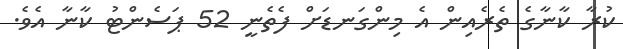
ކުރާ ކާނާގެ ތެރެއިން އެ މިންގަނޑަށް ފެތެނީ 52 ޕަސެންޓު ކާނާ އެވެ.